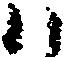
八